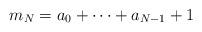
LaTeX: \begin{align*}m_N = a_0+\cdots+a_{N-1}+1\end{align*}